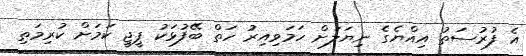
އެ ފުރުސަތު އިއްޔެގެ ނިޔަލަށް ހަމަވިއިރު ހަތް ބޭފުޅަކު ޕީޖީ ކަމަށް ކުރިމަތި